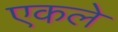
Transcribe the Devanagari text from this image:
एकले